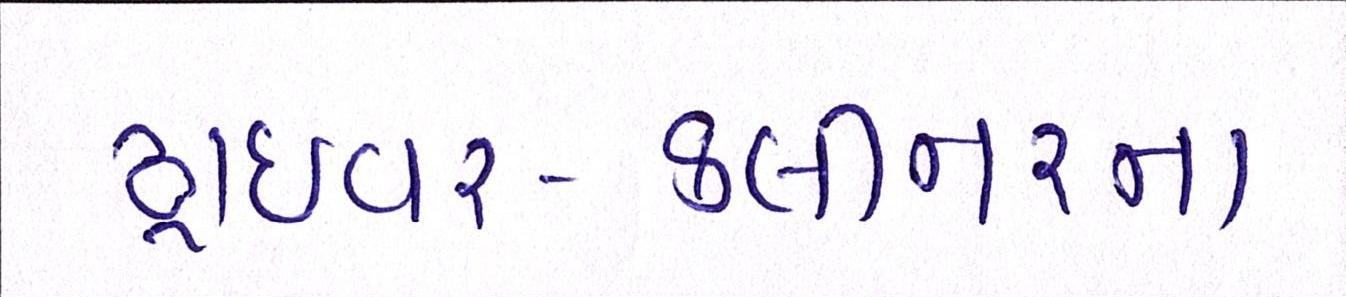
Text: ડ્રાઈવર-ક્લીનરનાં